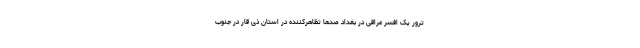
ترور یک افسر عراقی در بغداد صدها تظاهرکننده در استان ذی قار در جنوب